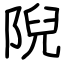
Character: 𨺙